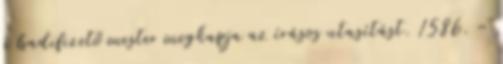
a hadifizető mester megkapja az írásos utasítást. 1586. –